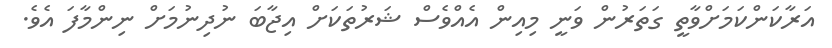
އަރާކަންކަމަށްވާތީ ގަތަރުން ވަނީ މިއިން އެއްވެސް ޝަރުތަކަށް އިޖާބަ ނުދިނުމަށް ނިންމާފަ އެވެ.